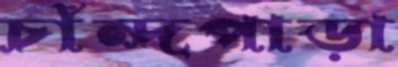
চাঁন্দপাড়া